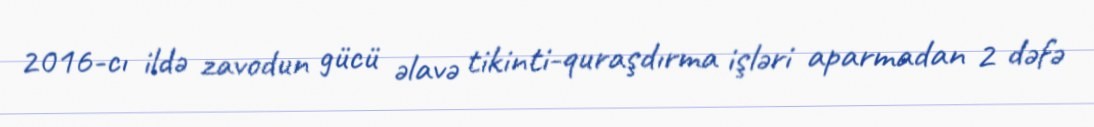
2016-cı ildə zavodun gücü əlavə tikinti-quraşdırma işləri aparmadan 2 dəfə